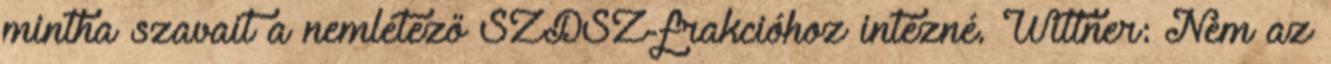
mintha szavait a nemlétező SZDSZ-frakcióhoz intézné. Wittner: Nem az